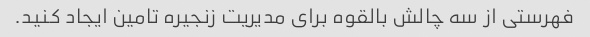
فهرستی از سه چالش بالقوه برای مدیریت زنجیره تامین ایجاد کنید.